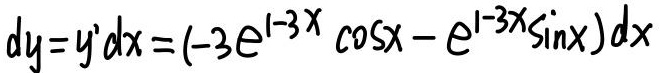
\[
dy = y'dx = (-3e^{1 - 3x}\cos x - e^{1 - 3x}\sin x)dx
\]